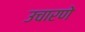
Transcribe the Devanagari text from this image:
उचारणे